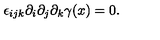
\epsilon _ { i j k } \partial _ { i } \partial _ { j } \partial _ { k } \gamma ( x ) = 0 .